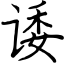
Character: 诿